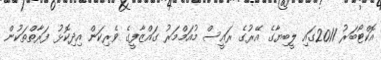
އޮކްޓޯބަރު 2011ގައި ލީބިޔާގެ އޭރުގެ ރައީސް މުއަމްމަރު ގައްޒާފީގެ ވެރިކަން އިދިކޮޅު ފަރާތްތަކުން